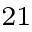
_ { 2 1 }